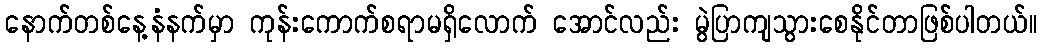
နောက်တစ်နေ့နံနက်မှာ ကုန်းကောက်စရာမရှိလောက် အောင်လည်း မွဲပြာကျသွားစေနိုင်တာဖြစ်ပါတယ်။